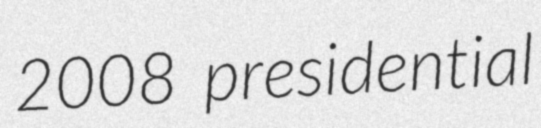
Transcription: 2008 presidential